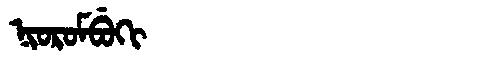
Manchu: ᠨᡳᠣᡵᠣᠮᠪᡠᡴᡳ
Romanization: NIOROMBUKI